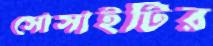
সোসাইটির